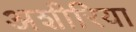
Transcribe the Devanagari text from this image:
अशीरिया